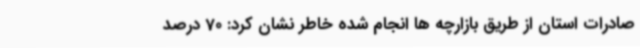
صادرات استان از طریق بازارچه ها انجام شده خاطر نشان کرد: 70 درصد